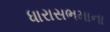
ધારાસભમાના